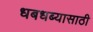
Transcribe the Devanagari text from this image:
धबधब्यासाठी